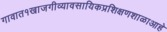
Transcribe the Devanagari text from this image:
गावात१खाजगीव्यावसायिकप्रशिक्षणशाळाआहे